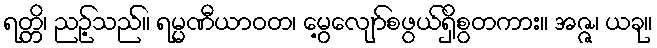
ရတ္တိ၊ ညဉ့်သည်။ ရမ္မဏီယာဝတ၊ မွေ့လျော်စဖွယ်ရှိစွတကား။ အဇ္ဇ၊ ယခု။